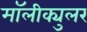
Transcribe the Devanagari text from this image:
मॉलीक्युलर